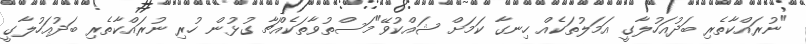
"ނުރައްކާތެރި ބަދުއަހުލާގީ އަމަލުތަކެއް ހިނގާ ކަމަށް ޝައްކުވޭ"މަސްތުވާތަކެއްޗާ ގުޅުން ހުރި ނުރައްކާތެރި ބަދުއަހުލާގީ